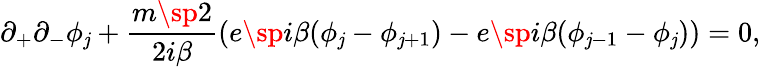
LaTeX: \partial_{+}\partial_{-}\phi_{\mathit{j}}+\frac{{m\sp{2}}}{{2i\beta}}(e\sp{i\beta(\phi_{\mathit{j}}-\phi_{\mathit{j}+1})}-e\sp{i\beta(\phi_{\mathit{j}-1}-\phi_{\mathit{j}})})=0,